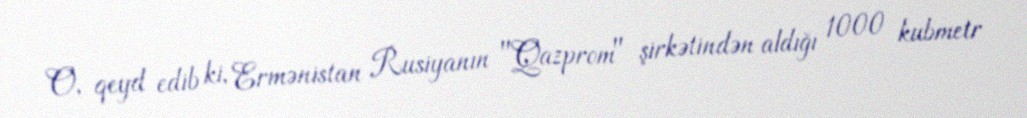
O, qeyd edib ki, Ermənistan Rusiyanın "Qazprom" şirkətindən aldığı 1000 kubmetr